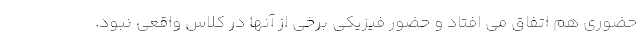
حضوری هم اتفاق می افتاد و حضور فیزیکی برخی از آنها در کلاس واقعی نبود.